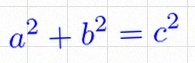
a^2+b^2=c^2